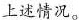
上述情况。